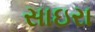
સાઇરા